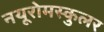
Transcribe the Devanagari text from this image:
नयूरोमस्कुलर